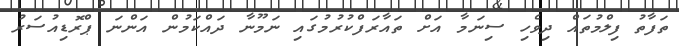
ތަފާތު ފިލްމުތައް ދިވެހި ސިނަމާ އަށް ތައާރަފްކުރުމުގައި ނަމޫނާ ދައްކަމުން އަންނަ ޕްރޮޑިއުސަރު